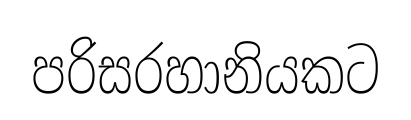
පරිසරහානියකට